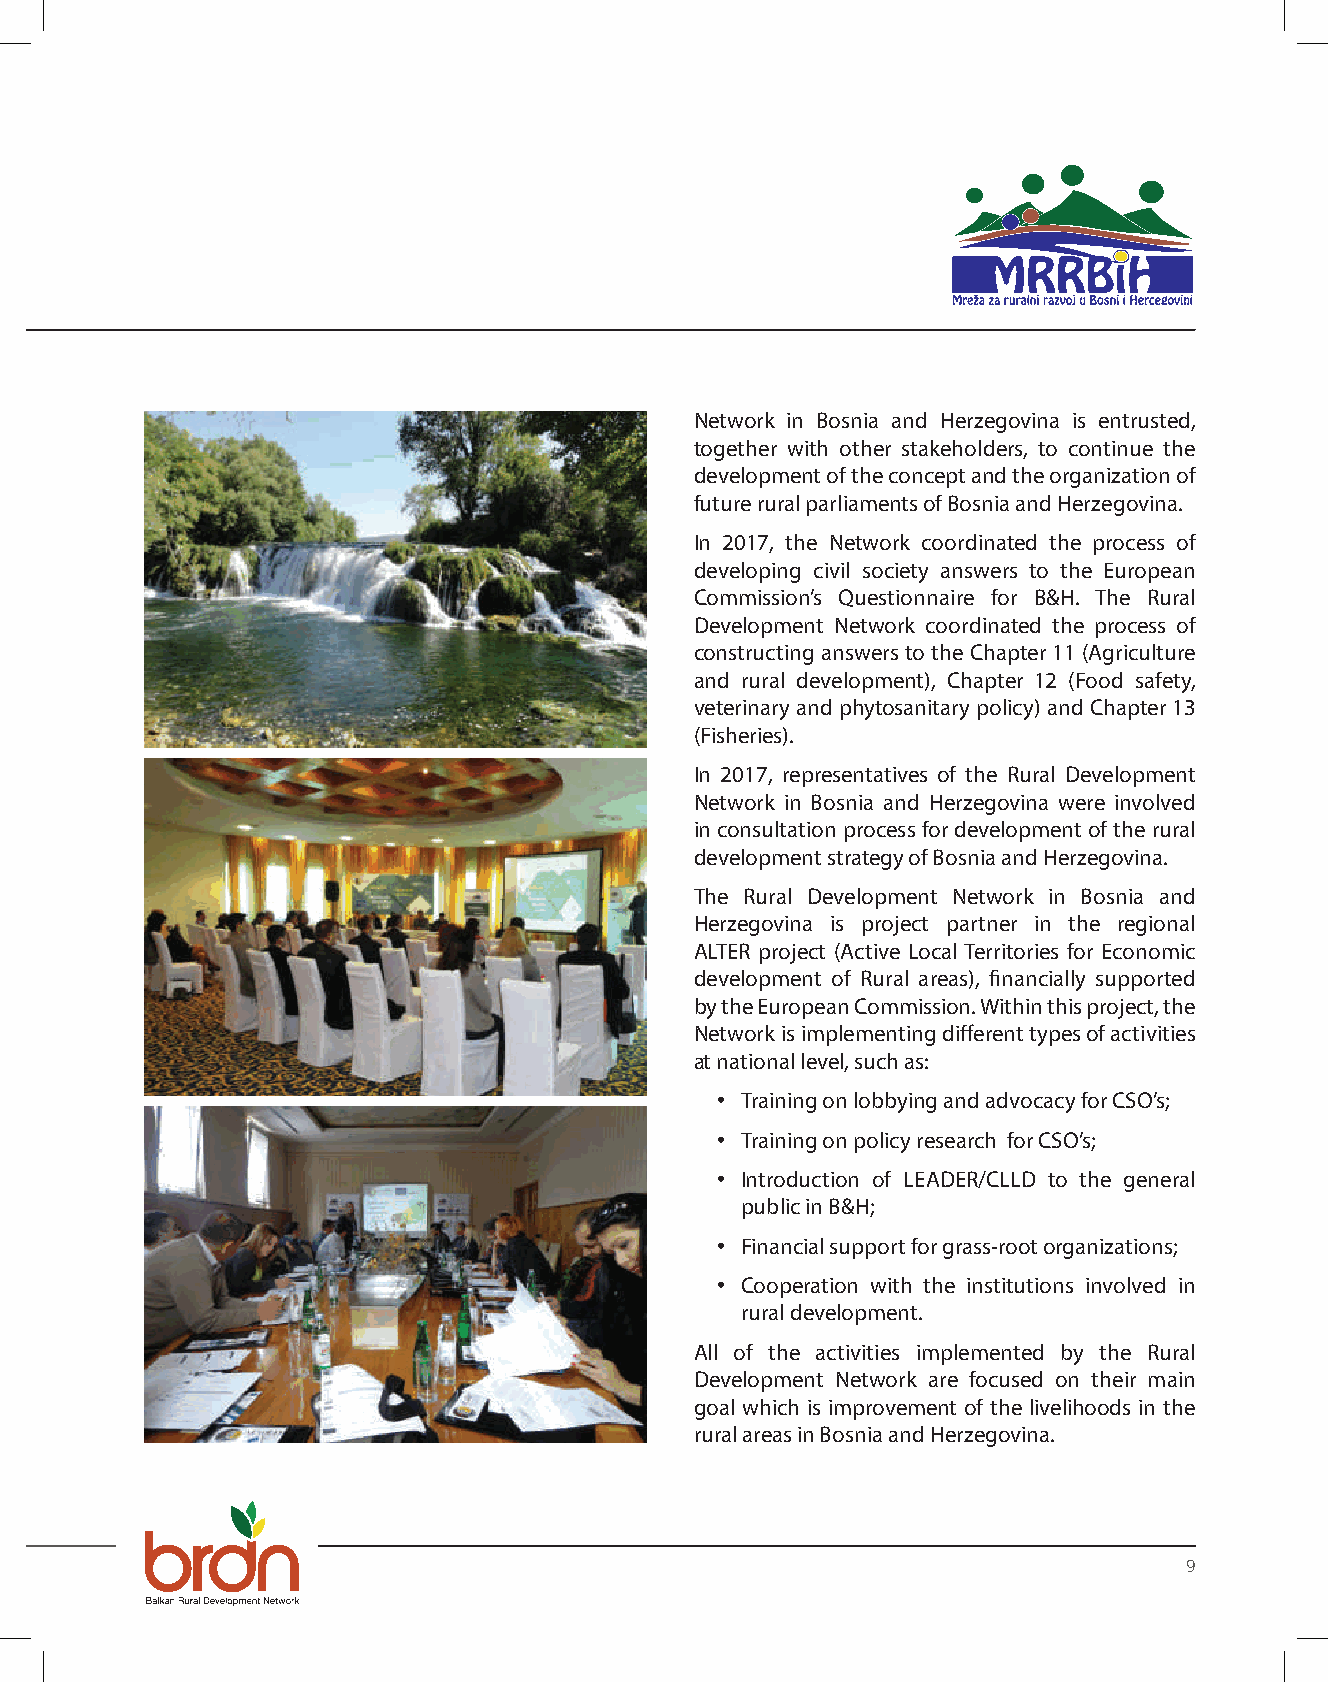
Network in Bosnia and Herzegovina is entrusted,
 together with other stakeholders, to continue the
 development of the concept and the organization of
 future rural parliaments of Bosnia and Herzegovina.
 In 2017, the Network coordinated the process of
 developing civil society answers to the European
 Commission’s Questionnaire for B&H. The Rural
 Development Network coordinated the process of
 constructing answers to the Chapter 11 (Agriculture
 and rural development), Chapter 12 (Food safety,
 veterinary and phytosanitary policy) and Chapter 13
 (Fisheries).
 In 2017, representatives of the Rural Development
 Network in Bosnia and Herzegovina were involved
 in consultation process for development of the rural
 development strategy of Bosnia and Herzegovina.
 The Rural Development Network in Bosnia and
 Herzegovina is project partner in the regional
 ALTER project (Active Local Territories for Economic
 development of Rural areas), financially supported
 by the European Commission. Within this project, the
 Network is implementing different types of activities
 at national level, such as:
 • Training on lobbying and advocacy for CSO’s;
 • Training on policy research for CSO’s;
 • Introduction of LEADER/CLLD to the general
 public in B&H;
 • Financial support for grass-root organizations;
 • Cooperation with the institutions involved in
 rural development.
 All of the activities implemented by the Rural
 Development Network are focused on their main
 goal which is improvement of the livelihoods in the
 rural areas in Bosnia and Herzegovina.
 9